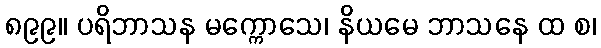
၈၉၉။ ပရိဘာသန မက္ကောသေ၊ နိယမေ ဘာသနေ ထ စ၊